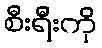
စီးရီးကို